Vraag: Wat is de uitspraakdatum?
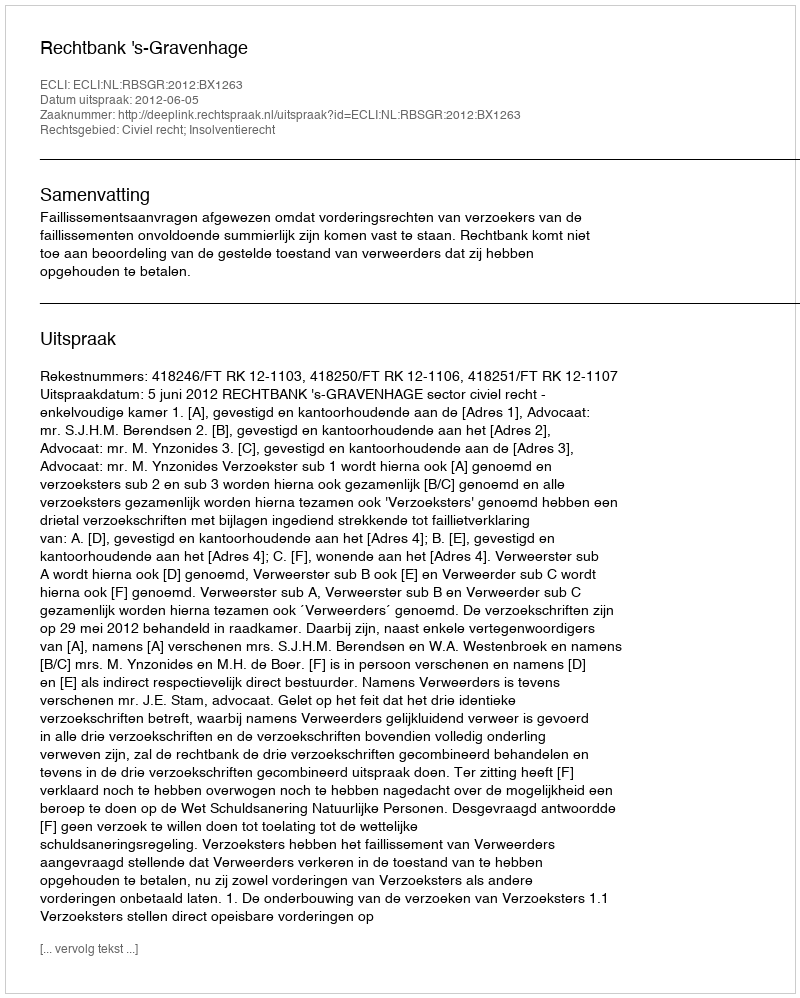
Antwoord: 2012-06-05